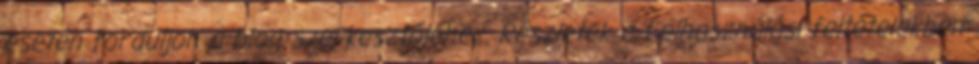
esetén forduljon a blog szerkesztőjéhez. Részletek a Felhasználási feltételekben